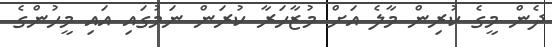
ދެން މީގެ ކުރިން މާލެ އަށް މުޒާހަރާ ކުރަން ނަމުގައި އައި މީހުންގެ